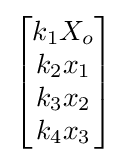
{\begin{bmatrix}k_{1}X_{o}\\k_{2}x_{1}\\k_{3}x_{2}\\k_{4}x_{3}\\\end{bmatrix}}